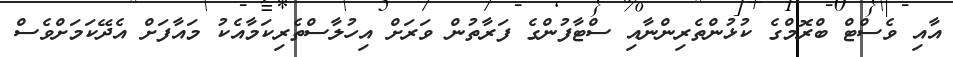
އާއި ވެސްޓް ބްރޮމްގެ ކުޅުންތެރިންނާއި ސްޓާފުންގެ ފަރާތުން ވަރަށް އިހުލާސްތެރިކަމާއެކު މައާފަށް އެދޭކަމަށްވެސް